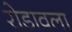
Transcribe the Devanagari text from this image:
रोडावला